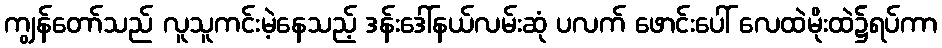
ကျွန်တော်သည် လူသူကင်းမဲ့နေသည့် ဒန်းဒေါ်နယ်လမ်းဆုံ ပလက် ဖောင်းပေါ် လေထဲမိုးထဲ၌ရပ်ကာ